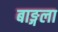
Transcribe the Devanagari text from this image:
बाङ्गला